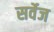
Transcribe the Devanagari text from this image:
सर्वेज